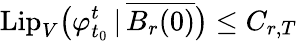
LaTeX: \mathrm{Lip}_{V}\big(\varphi_{t_{0}}^{t}\, |\, \overline{{B_{r}(0)}}\big)\leq C_{r,T}